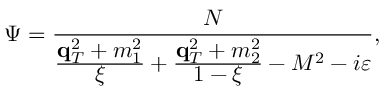
\Psi = \frac { \displaystyle N } { \frac { \displaystyle \mathrm { \bf q } _ { T } ^ { 2 } + m _ { 1 } ^ { 2 } } { \displaystyle \xi } + \frac { \displaystyle \mathrm { \bf q } _ { T } ^ { 2 } + m _ { 2 } ^ { 2 } } { \displaystyle 1 - \xi } - M ^ { 2 } - i \varepsilon } ,